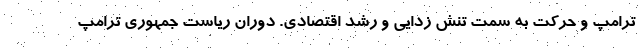
ترامپ و حرکت به سمت تنش زدایی و رشد اقتصادی. دوران ریاست جمهوری ترامپ